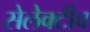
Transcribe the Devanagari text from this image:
सेलेक्टीव